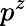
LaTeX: p^{z}